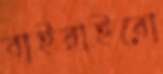
বাইরাইবো